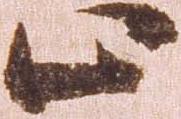
止